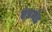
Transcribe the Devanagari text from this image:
एंडमंड